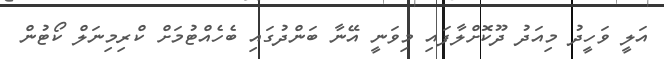
އަލީ ވަހީދު މިއަދު ދޫކޮށްލާފައި މިވަނީ އޭނާ ބަންދުގައި ބެހެއްޓުމަށް ކްރިމިނަލް ކޯޓުން